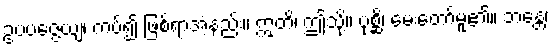
ဥပပဇ္ဇေယျ၊ ကပ်၍ ဖြစ်ရာအံ့နည်း။ ဣတိ၊ ဤသို့။ ပုစ္ဆိ၊ မေးတော်မူ၏။ ဘန္တေ၊